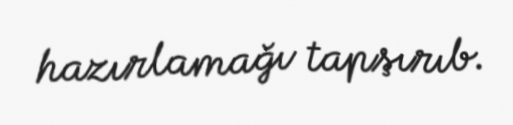
hazırlamağı tapşırıb.